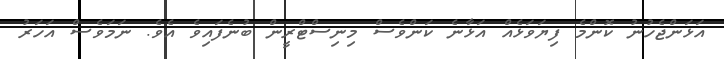
އަޅަންޖެހުނު ކޮންމެ ފިޔަވަޅެއް އަޅާނެ ކަންވެސް މިނިސްޓްރީން ބުނެފައިވެ އެވެ. ނަަމަވެސް އަހަރު